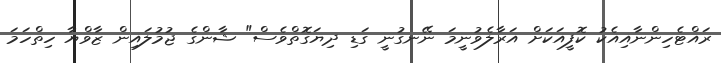
ރައްޓެހިންނާއިއެކު ކޮފީއަކަށް އަރާލެވުނީމަ ނޭނގުނީ ގަޑި ދިޔަގޮތްވެސް" ޝާންގެ ޖުމުލައިން ޒާވްޔާ ހިތްހަމަ